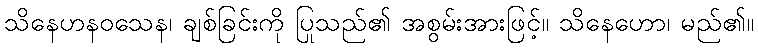
သိနေဟနဝသေန၊ ချစ်ခြင်းကို ပြုသည်၏ အစွမ်းအားဖြင့်။ သိနေဟော၊ မည်၏။